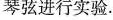
琴弦进行实验。